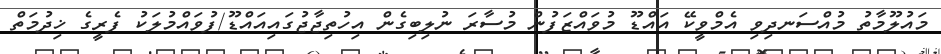
މައުލޫމާތު މުއްސަނދިވި އެމްވީކޭ އައްޑޫ މުވައްޒަފުން މުސާރަ ނުލިބިގެން އިހުތިޖާޖުގައިއައްޑޫ/ފުވައްމުލަކު ފެރީގެ ޚިދުމަތް